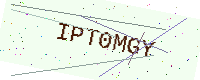
Text: IPT0MGY